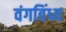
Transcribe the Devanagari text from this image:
वंगविंध्य